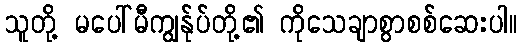
သူတို့ မပေါ်မီကျွန်ုပ်တို့၏ ကိုသေချာစွာစစ်ဆေးပါ။